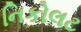
નિકોલટ